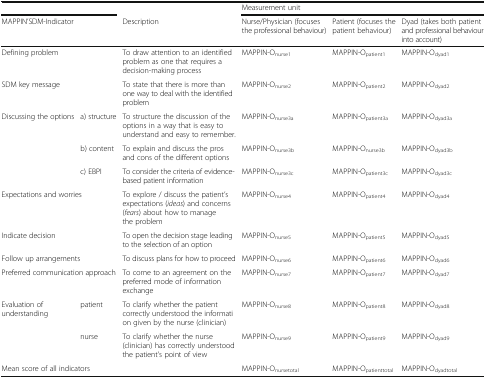
<table><thead><tr><td colspan="2"></td><td></td><td colspan="3"><b>Measurement unit</b></td></tr><tr><td colspan="2"><b>MAPPIN’SDM-Indicator</b></td><td><b>Description</b></td><td><b>Nurse/Physician (focuses the professional behaviour)</b></td><td><b>Patient (focuses the patient behaviour)</b></td><td><b>Dyad (takes both patient and professional behaviour into account)</b></td></tr></thead><tbody><tr><td colspan="2">Defining problem</td><td>To draw attention to an identified problem as one that requires a decision-making process</td><td>MAPPIN-O<sub>nurse1</sub></td><td>MAPPIN-O<sub>patient1</sub></td><td>MAPPIN-O<sub>dyad1</sub></td></tr><tr><td colspan="2">SDM key message</td><td>To state that there is more than one way to deal with the identified problem</td><td>MAPPIN-O<sub>nurse2</sub></td><td>MAPPIN-O<sub>patient2</sub></td><td>MAPPIN-O<sub>dyad2</sub></td></tr><tr><td rowspan="3">Discussing the options</td><td>a) structure</td><td>To structure the discussion of the options in a way that is easy to understand and easy to remember.</td><td>MAPPIN-O<sub>nurse3a</sub></td><td>MAPPIN-O<sub>patient3a</sub></td><td>MAPPIN-O<sub>dyad3a</sub></td></tr><tr><td>b) content</td><td>To explain and discuss the pros and cons of the different options</td><td>MAPPIN-O<sub>nurse3b</sub></td><td>MAPPIN-O<sub>nurse3b</sub></td><td>MAPPIN-O<sub>dyad3b</sub></td></tr><tr><td>c) EBPI</td><td>To consider the criteria of evidence-based patient information</td><td>MAPPIN-O<sub>nurse3c</sub></td><td>MAPPIN-O<sub>patient3c</sub></td><td>MAPPIN-O<sub>dyad3c</sub></td></tr><tr><td colspan="2">Expectations and worries</td><td>To explore / discuss the patient’s expectations (<i>ideas</i>) and concerns (<i>fears</i>) about how to manage the problem</td><td>MAPPIN-O<sub>nurse4</sub></td><td>MAPPIN-O<sub>patient4</sub></td><td>MAPPIN-O<sub>dyad4</sub></td></tr><tr><td colspan="2">Indicate decision</td><td>To open the decision stage leading to the selection of an option</td><td>MAPPIN-O<sub>nurse5</sub></td><td>MAPPIN-O<sub>patient5</sub></td><td>MAPPIN-O<sub>dyad5</sub></td></tr><tr><td colspan="2">Follow up arrangements</td><td>To discuss plans for how to proceed</td><td>MAPPIN-O<sub>nurse6</sub></td><td>MAPPIN-O<sub>patient6</sub></td><td>MAPPIN-O<sub>dyad6</sub></td></tr><tr><td colspan="2">Preferred communication approach</td><td>To come to an agreement on the preferred mode of information exchange</td><td>MAPPIN-O<sub>nurse7</sub></td><td>MAPPIN-O<sub>patient7</sub></td><td>MAPPIN-O<sub>dyad7</sub></td></tr><tr><td rowspan="2">Evaluation of understanding</td><td>patient</td><td>To clarify whether the patient correctly understood the information given by the nurse (clinician)</td><td>MAPPIN-O<sub>nurse8</sub></td><td>MAPPIN-O<sub>patient8</sub></td><td>MAPPIN-O<sub>dyad8</sub></td></tr><tr><td>nurse</td><td>To clarify whether the nurse (clinician) has correctly understood the patient’s point of view</td><td>MAPPIN-O<sub>nurse9</sub></td><td>MAPPIN-O<sub>patient9</sub></td><td>MAPPIN-O<sub>dyad9</sub></td></tr><tr><td colspan="2">Mean score of all indicators</td><td></td><td>MAPPIN-O<sub>nursetotal</sub></td><td>MAPPIN-O<sub>patienttotal</sub></td><td>MAPPIN-O<sub>dyadtotal</sub></td></tr></tbody></table>